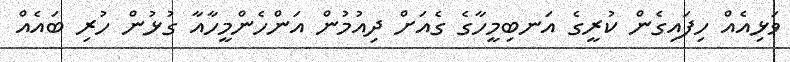
ވަޅިއެއް ހިފައިގެން ކުރީގެ އަނބިމީހާގެ ގެއަށް ދިއުމުން އަންހެންމީހާއާ ގުޅުން ހުރި ބައެއް